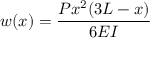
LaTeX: w ( x ) = { \frac { P x ^ { 2 } ( 3 L - x ) } { 6 E I } }